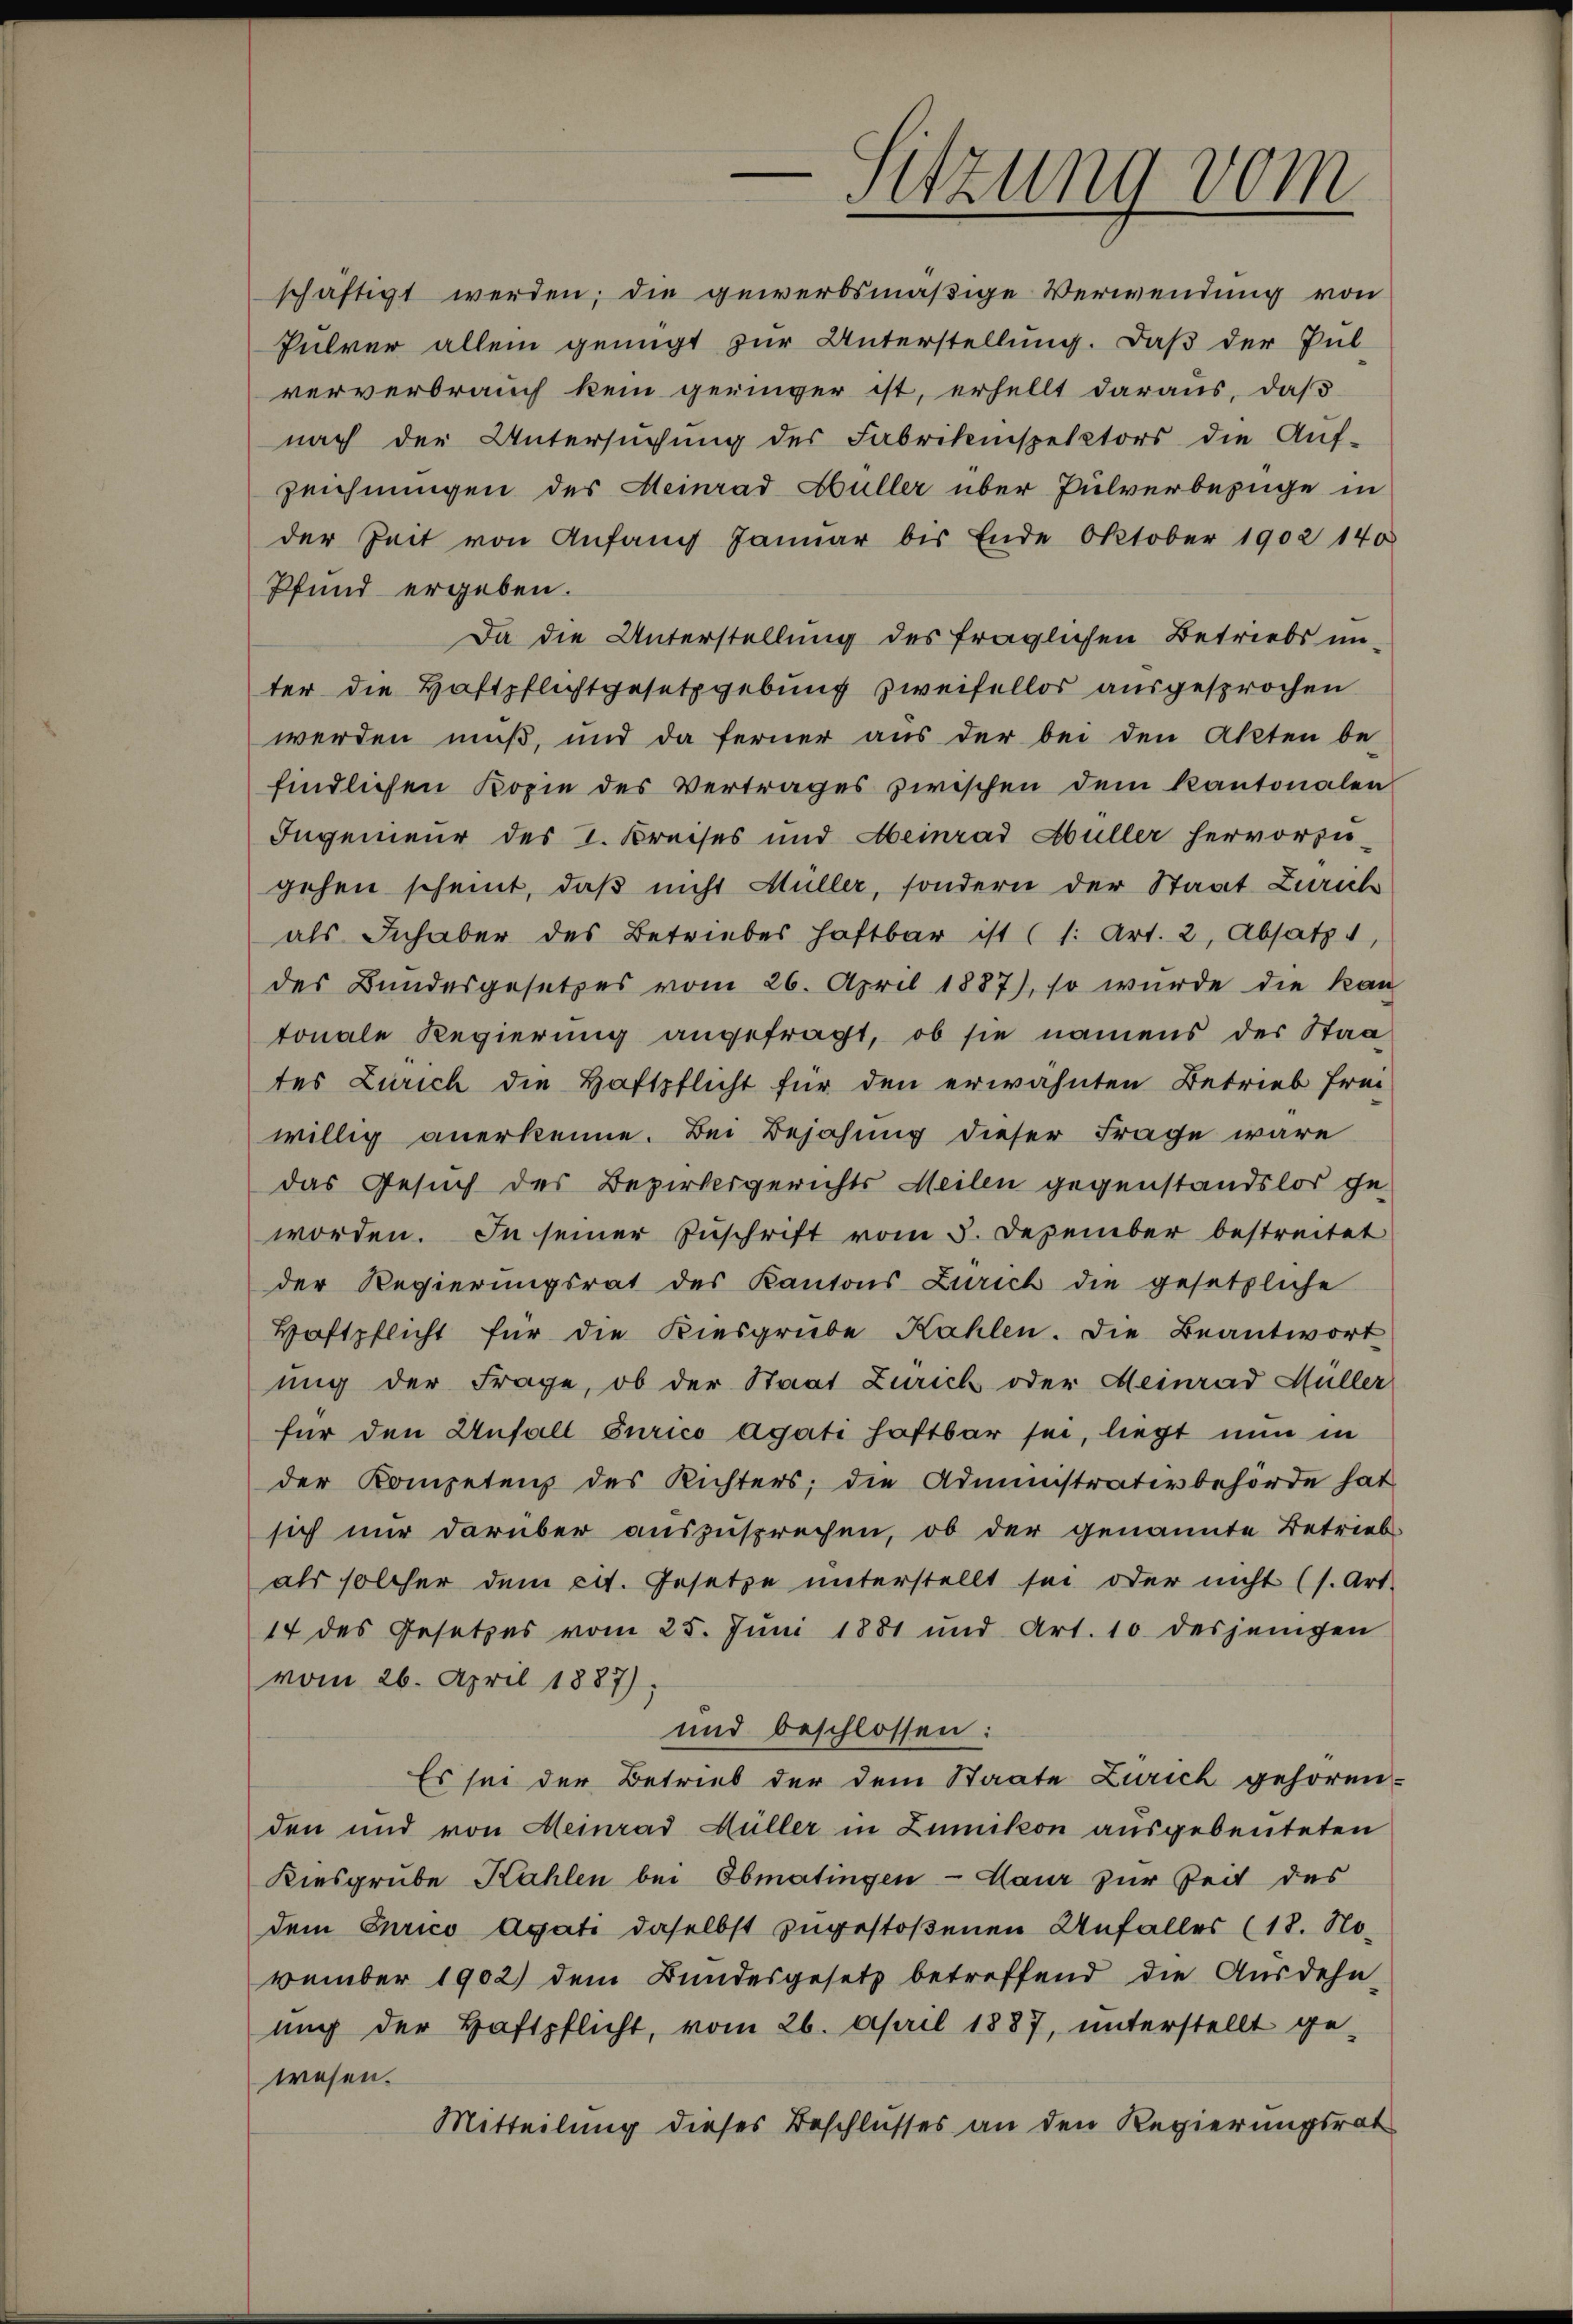
Sitzung vom

schäftigt werden; die gewerbsmäßige Verwendung von
Pulver allein genügt zur Unterstellung. Daß der Pul
ververbrauch kein geringer ist, erhellt daraus, daß
nach der Untersŭchŭng des Fabrikinspektors die Aŭf-
zeichnungen des Meinrad Müller über Pulverbezüge in
der Zeit von Anfang Januar bis Ende Oktober 1902 140
Pfund ergeben.
Da die Unterstellung des fraglichen Betriebs un-
ter die Haftpflichtgesetzgebung zweifellos ausgesprochen
werden muß, und da ferner aus der bei den Akten be-
findlichen Kopie des Vertrages zwischen dem Kantonalen
Ingenieur des I. Kreises und Heinrad Hüller hervorzu-
gehen scheint, daß nicht Müller, sondern der Staat Zürich
als Inhaber des Betriebes haftbar ist (s. Art. 2, Absatz 4,
des Bundesgesetzes vom 26. April 1887), so wurde die kan
tonale Regierung angefragt, ob sie namens der Staa
tes Zürich die Haftpflicht für den erwähnten Betrieb frei
willig anerkenne. Bei Bejahung dieser Frage wäre
das Gesuch des Bezirksgerichts Meilen gegenstandslos ge-
worden. In seiner Zuschrift vom 5. Dezember bestreitet
der Regierungsrat des Kantons Zürich die gesetzliche
Haftpflicht für die Kiesgrube Kahlen. Die Beantwort
ung der Frage, ob der Staat Zürich oder Meinrad Müller
für den Unfall Purico agati haftbar sei, liegt nun in
der Kompetenz des Richters; die Administrativbehörde hat
sich nur darüber auszusprechen, ob der genannte Betrieb
als solcher dem cit. Gesetze unterstellt sei oder nicht (s. Art.
14 des Gesetzes vom 25. Juni 1881 und Art. 10 desjenigen
vom 26. April 1887).
und beschlossen:
Es sei der Betrieb der dem Staate Zürich gehören.
den und von Heinrad Hüller in Zumikon ausgebeuteten
Kiesgrube Kahlen bei Obmatingen - Maur zur Zeit des
dem Curico Agati daselbst zugestoßenen Unfalles (18. November 1902) dem Bundesgesetz betreffend die Ausdehn-
mich der Haftpflicht, vom 26. April 1887, unterstellt ge-
wesen.
Mitteilung dieses Beschlusses an den Regierungsrat